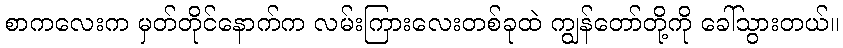
စာကလေးက မှတ်တိုင်နောက်က လမ်းကြားလေးတစ်ခုထဲ ကျွန်တော်တို့ကို ခေါ်သွားတယ်။